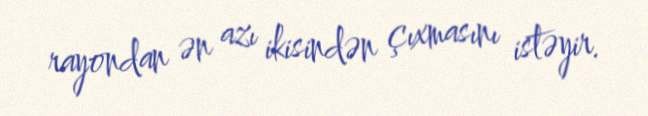
rayondan ən azı ikisindən çıxmasını istəyir.